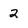
Character: 2